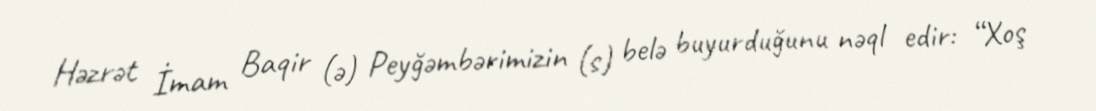
Həzrət İmam Baqir (ə) Peyğəmbərimizin (s) belə buyurduğunu nəql edir: “Xoş